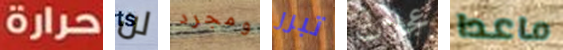
حرارة لن ومجرد تبرر عجلات ماعدا